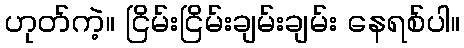
ဟုတ်ကဲ့။ ငြိမ်းငြိမ်းချမ်းချမ်း နေရစ်ပါ။